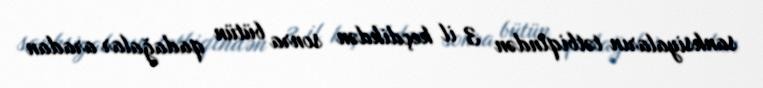
sanksiyaların tətbiqindən 3 il keçdikdən sonra bütün qadağalar aradan